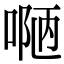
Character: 𠸳